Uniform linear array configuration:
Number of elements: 32
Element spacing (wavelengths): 0.75
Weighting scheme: hann
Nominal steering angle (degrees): -45
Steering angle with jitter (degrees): -44.65
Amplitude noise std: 0.05
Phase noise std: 0.05

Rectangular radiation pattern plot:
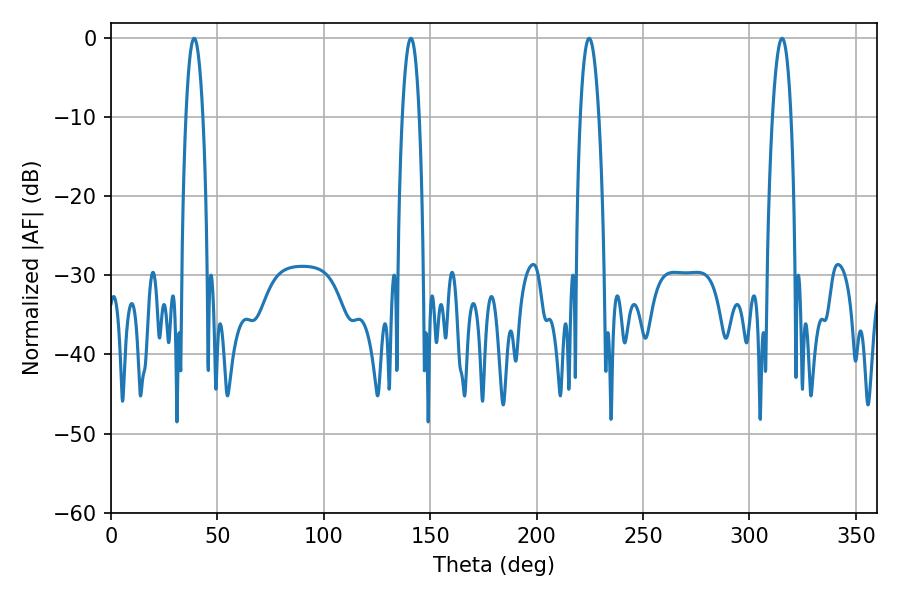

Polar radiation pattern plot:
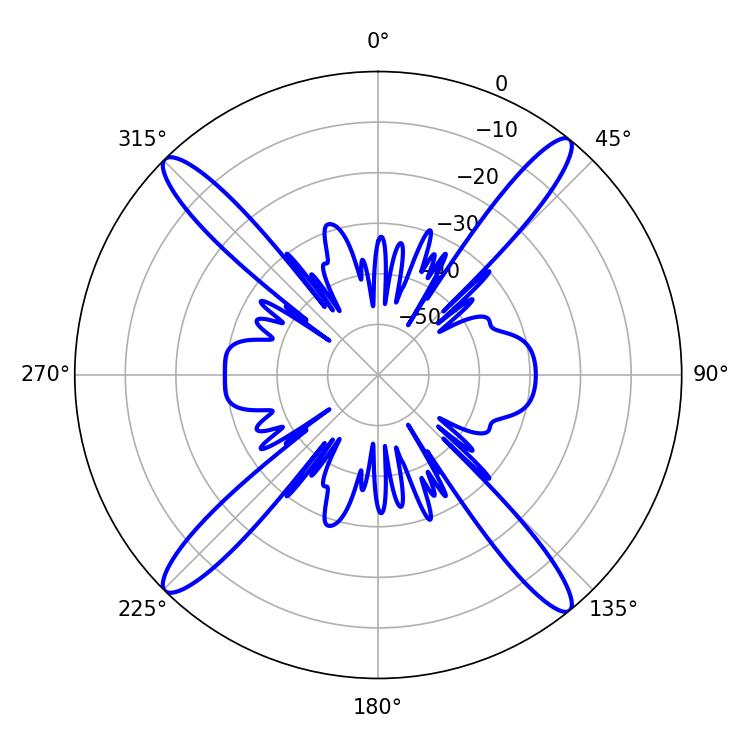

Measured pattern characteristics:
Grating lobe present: TRUE
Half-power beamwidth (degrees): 4.32
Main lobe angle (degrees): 39.06